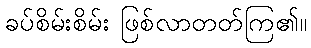
ခပ်စိမ်းစိမ်း ဖြစ်လာတတ်ကြ၏။